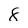
Character: 8